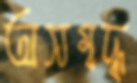
অসম্বদ্ধ